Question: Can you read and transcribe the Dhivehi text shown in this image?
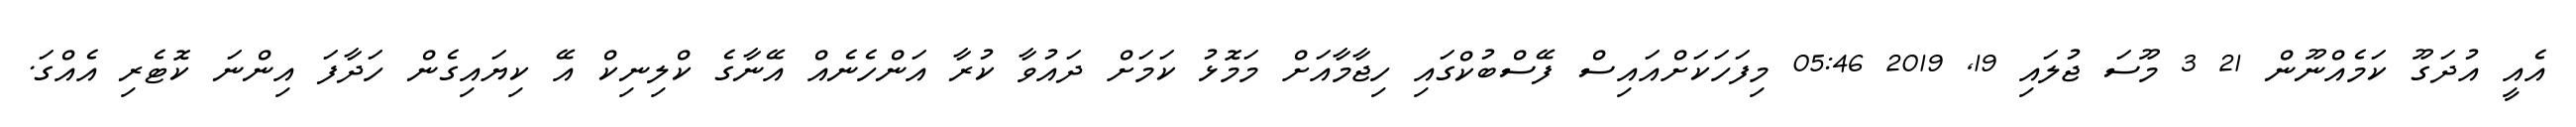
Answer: އެއީ އުދަގޫ ކަމެއްނޫން 21 3 މޫސަ ޖުލައި 19, 2019 05:46 މިފަހަކަށްއައިސް ފޭސްބުކްގައި ހިޖާމާއަށް މަމޮޅު ކަމަށް ދައުވާ ކުރާ އަންހެނެއް އޭނާގެ ކްލިނިކް އޭ ކިޔައިގެން ހަދާފަ އިންނަ ކޮޓެރި އެއްގަ.